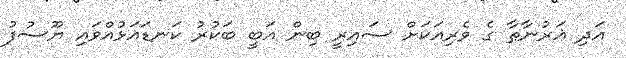
އަދި ޣަރުނާޠާ ގެ ވެރިއަކަށް ސައިރީ ބިން އަބީ ބަކުރު ކަނޑައަޅުއްވައި ޔޫސުފު